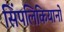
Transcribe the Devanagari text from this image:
सिंपलिकियानो